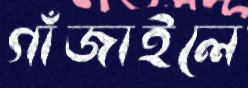
গাঁজাইলে